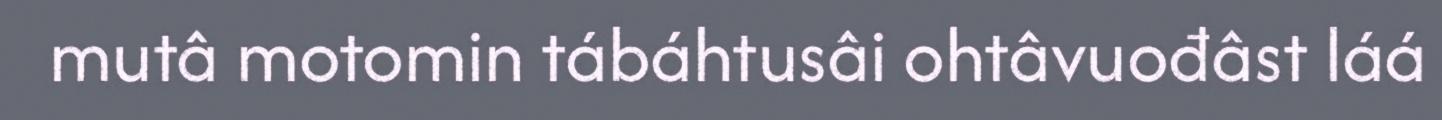
mutâ motomin tábáhtusâi ohtâvuođâst láá